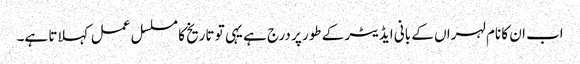
اب ان کا نام لہراں کے بانی ایڈیٹر کے طور پر درج ہے یہی تو تاریخ کا مسلسل عمل کہلاتا ہے۔